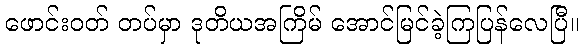
ဖောင်းဝတ် တပ်မှာ ဒုတိယအကြိမ် အောင်မြင်ခဲ့ကြပြန်လေပြီ။